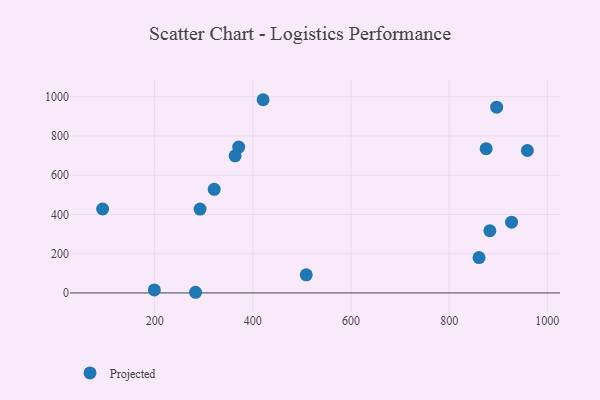
{"axis": {"x": "Investment", "y": "Yield"}, "legend": ["Projected"], "data": [{"x": "363.9", "y": 698.7, "type": "Projected"}, {"x": "959.3", "y": 725.9, "type": "Projected"}, {"x": "882.9", "y": 316.9, "type": "Projected"}, {"x": "420.9", "y": 984.8, "type": "Projected"}, {"x": "927.1", "y": 360.5, "type": "Projected"}, {"x": "292.5", "y": 427.5, "type": "Projected"}, {"x": "860.8", "y": 180.2, "type": "Projected"}, {"x": "321.3", "y": 528.1, "type": "Projected"}, {"x": "94.0", "y": 427.9, "type": "Projected"}, {"x": "508.8", "y": 92.4, "type": "Projected"}, {"x": "875.3", "y": 735.2, "type": "Projected"}, {"x": "896.7", "y": 947.0, "type": "Projected"}, {"x": "283.3", "y": 3.3, "type": "Projected"}, {"x": "371.2", "y": 743.3, "type": "Projected"}, {"x": "199.4", "y": 15.4, "type": "Projected"}]}